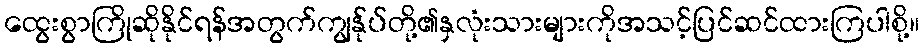
ထွေးစွာကြိုဆိုနိုင်ရန်အတွက်ကျွန်ုပ်တို့၏နှလုံးသားများကိုအသင့်ပြင်ဆင်ထားကြပါစို့။